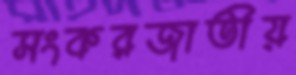
সংকরজাতীয়